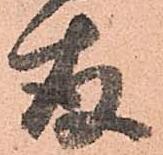
存